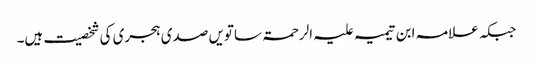
جبکہ علامہ ابن تیمیہ علیہ الرحمۃ ساتویں صدی ہجری کی شخصیت ہیں۔